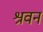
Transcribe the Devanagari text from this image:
श्रवन